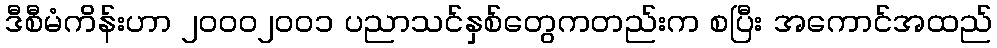
ဒီစီမံကိန်းဟာ ၂၀၀၀၂၀၀၁ ပညာသင်နှစ်တွေကတည်းက စပြီး အကောင်အထည်